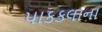
પાકકલાના